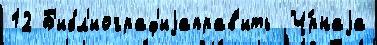
12 Б'ибл'иограф'иjаправ'ить  Ч́рнаjа